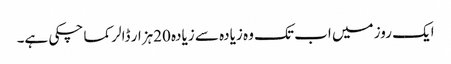
ایک روز میں اب تک وہ زیادہ سے زیادہ 20ہزار ڈالر کما چکی ہے۔